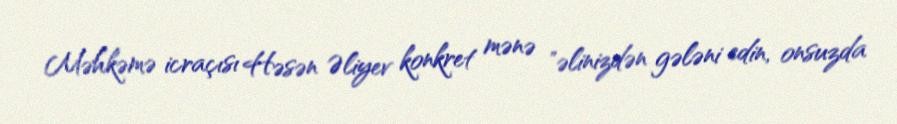
Məhkəmə icraçısı Həsən Əliyev konkret mənə "əlinizdən gələni edin, onsuzda